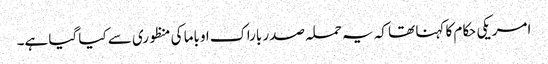
امریکی حکام کا کہنا تھا کہ یہ حملہ صدر باراک اوباما کی منظوری سے کیا گیا ہے۔